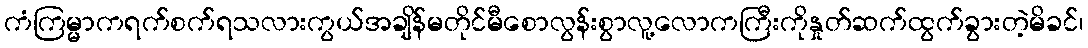
ကံကြမ္မာကရက်စက်ရသလားကွယ်အချိန်မတိုင်မီစောလွန်းစွာလူ့လောကကြီးကိုနှုတ်ဆက်ထွက်ခွားတဲ့မိခင်၊